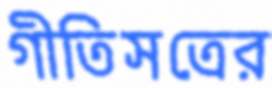
গীতিসত্রের